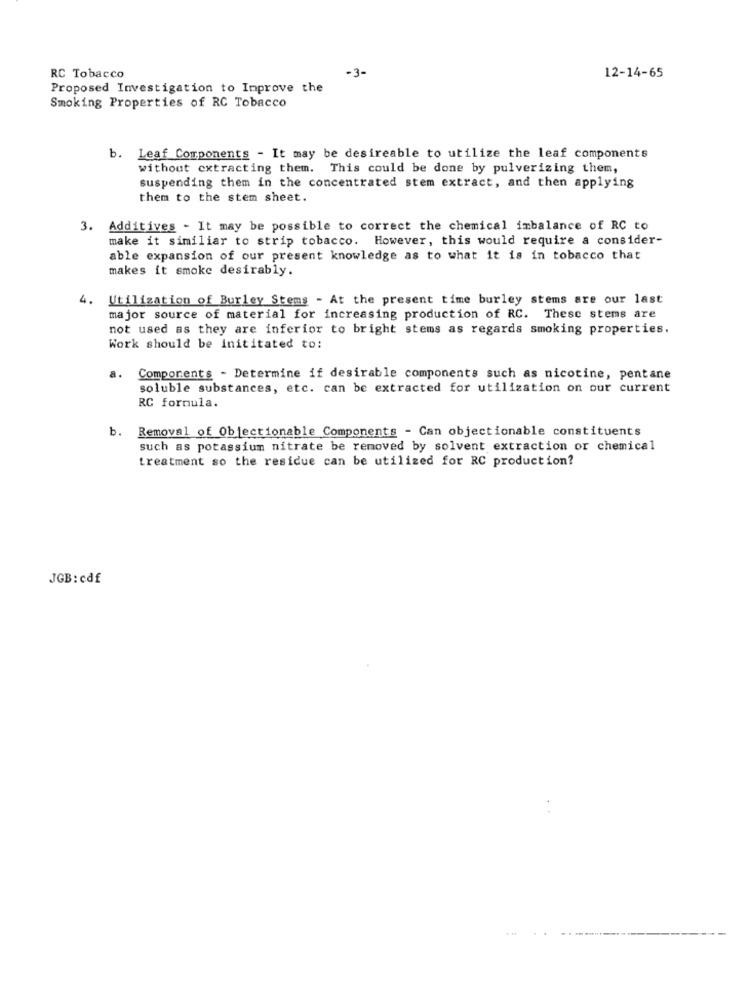
RC Tobacco
-3-
12-14-65
Proposed Investigation to Improve the
Smoking Properties of RC Tobacco
b. Leaf Components - It may be desireable to utilize the leaf components
without extracting them. This could be done by pulverizing them,
suspending them in the concentrated stem extract, and then applying
them to the stem sheet.
3. Additives - It may be possible to correct the chemical imbalance of RC to
make it similiar to strip tobacco. However, this would require a consider-
able expansion of our present knowledge as to what it is in tobacco that
makes it smoke desirably.
4. Utilization of Burley Stems - At the present time burley stems are our last
major source of material for increasing production of RC. These stems are
not used as they are inferior to bright stems as regards smoking properties.
Work should be inititated to:
a.
Components - Determine if desirable components such as nicotine, pentane
soluble substances, etc. can be extracted for utilization on our current
RC formula.
b. Removal of Objectionable Components - Can objectionable constituents
such as potassium nitrate be removed by solvent extraction or chemical
treatment so the residue can be utilized for RC production?
JGB: cdf